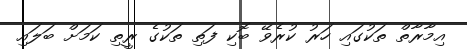
އިމާރާތް ތަކުގައި ހަރު ކުރެވޭ ބޮކި ފަތި ތަކުގެ ރީތި ކަމަށް ބަލައި